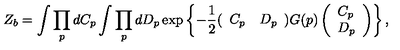
Z _ { b } = \int \prod _ { p } d C _ { p } \int \prod _ { p } d D _ { p } \exp \left\{ - \frac { 1 } { 2 } ( \begin{array} { l l } { C _ { p } } & { D _ { p } } \\ \end{array} ) G ( p ) \left( \begin{array} { l } { C _ { p } } \\ { D _ { p } } \\ \end{array} \right) \right\} ,